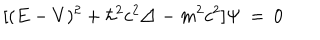
LaTeX: [ ( E - V ) ^ { 2 } + \hbar ^ { 2 } c ^ { 2 } \triangle - m ^ { 2 } c ^ { 2 } ] \Psi \: = \: 0